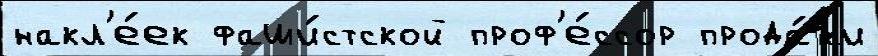
накл'е́ек фаши́стской проф'е́ссор прода́жи